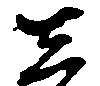
し